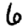
Digit: 6